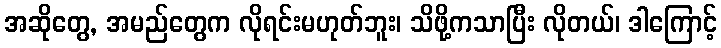
အဆိုတွေ, အမည်တွေက လိုရင်းမဟုတ်ဘူး၊ သိဖို့ကသာပြီး လိုတယ်၊ ဒါကြောင့်